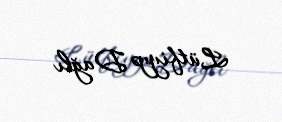
Lütfiyyə Dağlı